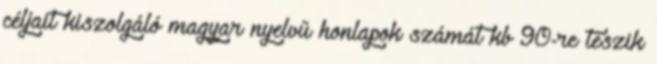
céljait kiszolgáló magyar nyelvű honlapok számát kb 90-re teszik